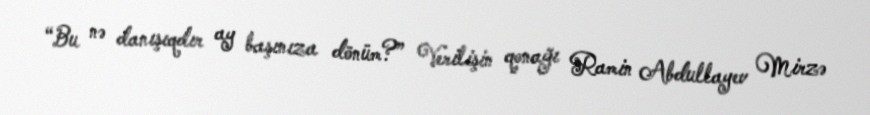
“Bu nə danışıqdır ay başınıza dönüm?” Verilişin qonağı Ramin Abdullayev Mirzə